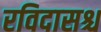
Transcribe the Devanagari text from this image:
रविदासश्च